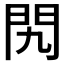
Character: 𨳊